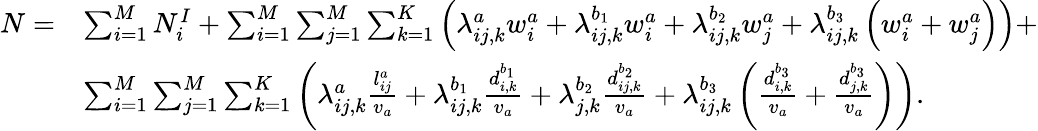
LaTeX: \begin{array}{rl}{N=}&{\sum_{i=1}^{M}N_{i}^{I}+\sum_{i=1}^{M}\sum_{j=1}^{M}\sum_{k=1}^{K}\left(\lambda_{ij,k}^{a}w_{i}^{a}+\lambda_{ij,k}^{b_{1}}w_{i}^{a}+\lambda_{ij,k}^{b_{2}}w_{j}^{a}+\lambda_{ij,k}^{b_{3}}\left(w_{i}^{a}+w_{j}^{a}\right)\right)+}\\ &{\sum_{i=1}^{M}\sum_{j=1}^{M}\sum_{k=1}^{K}\left(\lambda_{ij,k}^{a}\frac{l_{ij}^{a}}{v_{a}}+\lambda_{ij,k}^{b_{1}}\frac{d_{i,k}^{b_{1}}}{v_{a}}+\lambda_{j,k}^{b_{2}}\frac{d_{ij,k}^{b_{2}}}{v_{a}}+\lambda_{ij,k}^{b_{3}}\left(\frac{d_{i,k}^{b_{3}}}{v_{a}}+\frac{d_{j,k}^{b_{3}}}{v_{a}}\right)\right).}\end{array}